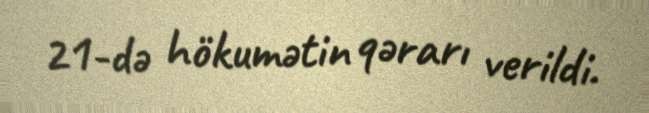
21-də hökumətin qərarı verildi.